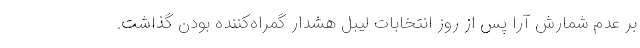
بر عدم شمارش آرا پس از روز انتخابات لیبل هشدار گمراه‌کننده بودن گذاشت.